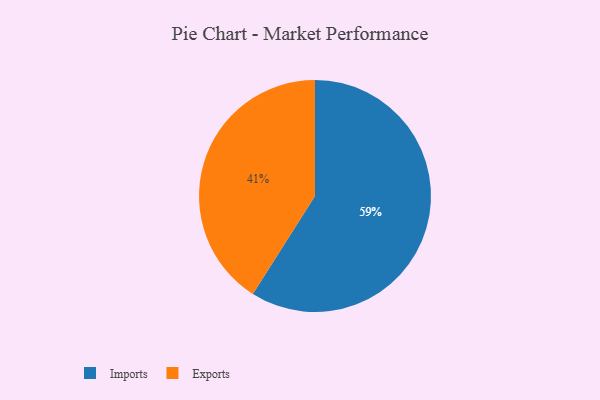
{"axis": {"x": "Category", "y": "Percentage"}, "legend": ["Exports", "Imports"], "data": [{"x": "Imports", "y": 59, "type": "Imports"}, {"x": "Exports", "y": 41, "type": "Exports"}]}